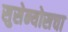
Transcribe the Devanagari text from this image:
सुसेन्योसचा